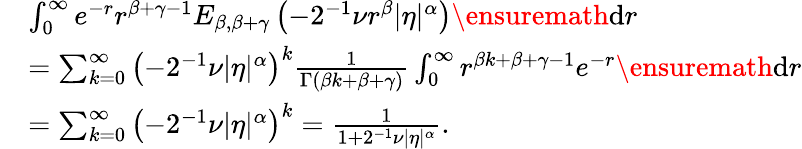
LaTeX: \begin{array}{rl}&{\int_{0}^{\infty}e^{-r}r^{\beta+\gamma-1}E_{\beta,\beta+\gamma}\left(-2^{-1}\nu r^{\beta}|\eta|^{\alpha}\right)\ensuremath{\mathrm{d}}r}\\ &{=\sum_{k=0}^{\infty}\left(-2^{-1}\nu|\eta|^{\alpha}\right)^{k}\frac{1}{\Gamma(\beta k+\beta+\gamma)}\int_{0}^{\infty}r^{\beta k+\beta+\gamma-1}e^{-r}\ensuremath{\mathrm{d}}r}\\ &{=\sum_{k=0}^{\infty}\left(-2^{-1}\nu|\eta|^{\alpha}\right)^{k}=\frac{1}{1+2^{-1}\nu|\eta|^{\alpha}}.}\end{array}